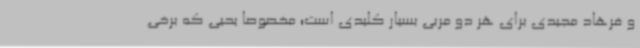
و فرهاد مجیدی برای هر دو مربی بسیار کلیدی است؛ مخصوصا یحیی که برخی